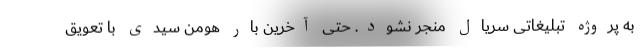
به پروژه تبلیغاتی سریال منجر نشود. حتی آخرین بار هومن سیدی با تعویق